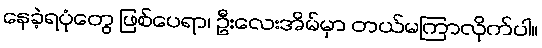
နေခဲ့ရပုံတွေ ဖြစ်ပေရာ၊ ဦးလေးအိမ်မှာ တယ်မကြာလိုက်ပါ။